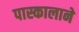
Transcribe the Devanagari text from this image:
पास्कालाने